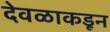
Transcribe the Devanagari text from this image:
देवळाकडून